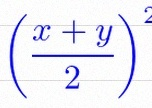
\left(\frac{x+y}{2}\right)^2